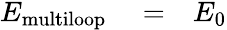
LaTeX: \begin{array}{rlr}{E_{\mathrm{multiloop}}}&{{}=}&{E_{0}}\end{array}